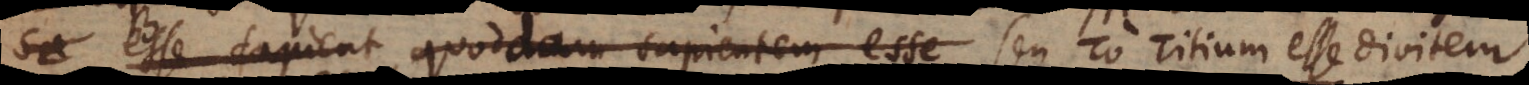
esse sapientem, seu quoddam sapientem esse est Titium esse divitem